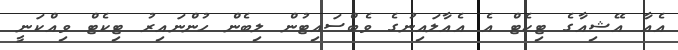
އެއާ އޭޝިއާގެ ޓިކެޓް އެ އެއާލައިނުގެ ވެބްސައިޓުން ލިބެން ހުންނައިރު ޓިކެޓް ވިއްކަނީ